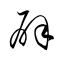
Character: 辟